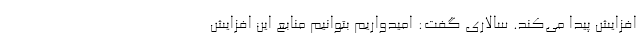
افزایش پیدا می‌کند. سالاری گفت: امیدواریم بتوانیم منابع این افزایش